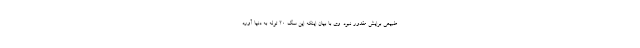
طبیعی برایش مقدور نبود. وی با بیان اینکه این سگ ۲۰ توله به دنیا آورد